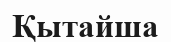
Қытайша